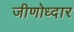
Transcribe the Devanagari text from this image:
जीणोध्दार